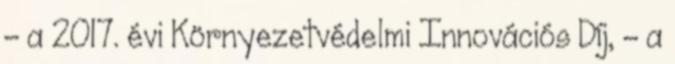
- a 2017. évi Környezetvédelmi Innovációs Díj, - a